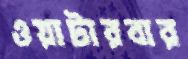
ওয়াটারবার